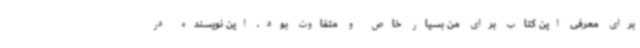
برای معرفی این کتاب برای من بسیار خاص و متفاوت بود. این نویسنده در